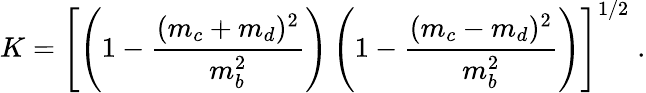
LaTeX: K=\left[\left(1-\frac{(m_{c}+m_{d})^{2}}{m_{b}^{2}}\right)\left(1-\frac{(m_{c}-m_{d})^{2}}{m_{b}^{2}}\right)\right]^{1/2}\; .